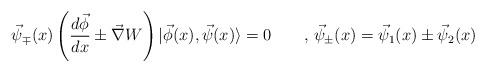
LaTeX: \begin{align*}\vec{\psi}_\mp (x)\left( \frac{d\vec{\phi}}{dx}\pm \vec{\nabla}W\right)|\vec{\phi}(x),\vec{\psi}(x)\rangle =0 \qquad , \,\vec{\psi}_\pm(x)=\vec{\psi}_1(x)\pm \vec{\psi}_2(x)\end{align*}